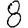
Digit: 8